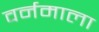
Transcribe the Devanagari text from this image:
वर्नमाला